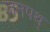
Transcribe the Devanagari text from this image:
जनपथ्